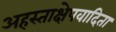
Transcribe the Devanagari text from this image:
अहस्ताक्षेपवादिता